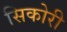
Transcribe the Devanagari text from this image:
सिकोरी